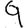
Digit: 9